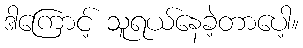
ဒါကြောင့် သူရယ်နေခဲ့တာပေါ့။